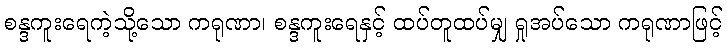
စန္ဒကူးရေကဲ့သို့သော ကရုဏာ၊ စန္ဒကူးရေနှင့် ထပ်တူထပ်မျှ ရှုအပ်သော ကရုဏာဖြင့်